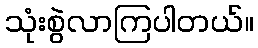
သုံးစွဲလာကြပါတယ်။